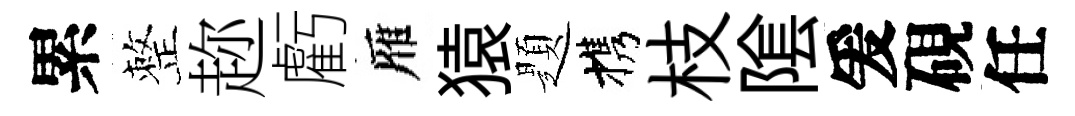
累整趂虧雁猿題携枝隂爰硯任